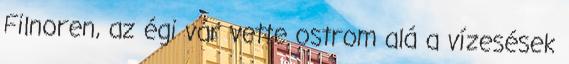
Filnoren, az égi vár vette ostrom alá a vízesések